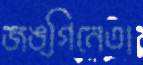
জঙ্গিনেতা